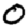
Digit: 0